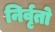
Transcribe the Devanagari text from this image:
निर्वृतो